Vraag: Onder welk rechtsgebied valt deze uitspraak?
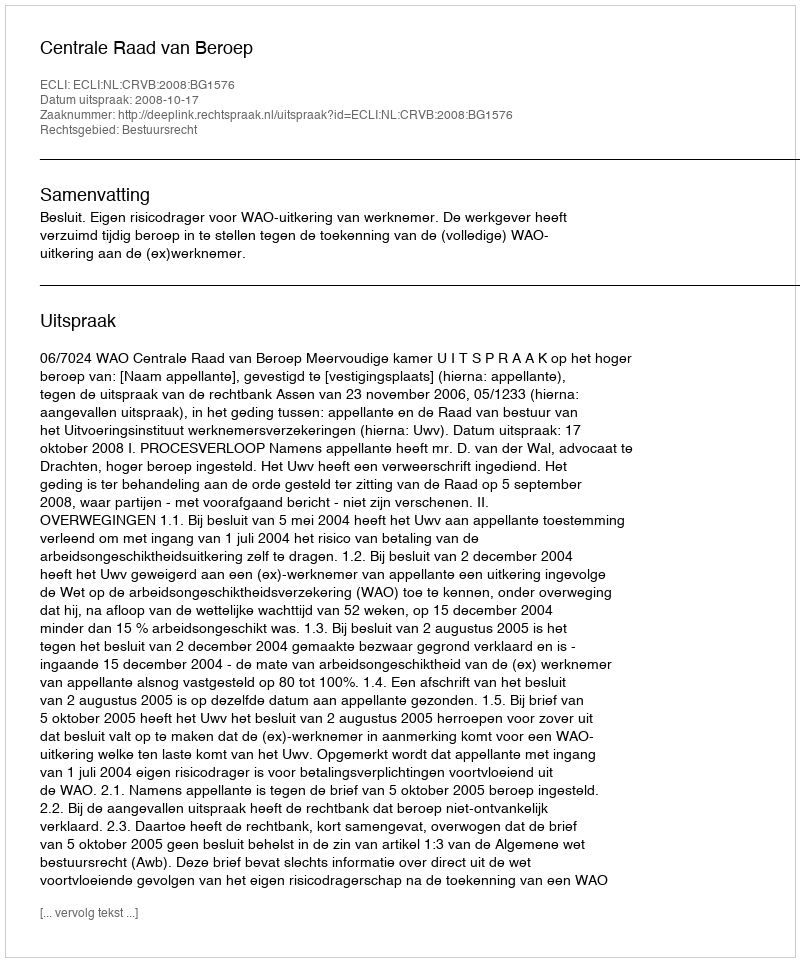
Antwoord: Bestuursrecht